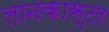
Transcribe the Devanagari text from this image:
लानकास्टर